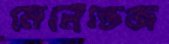
মেনেন্ডেজ